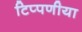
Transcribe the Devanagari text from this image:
टिप्पणीया